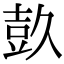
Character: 𭐕